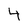
Character: 4